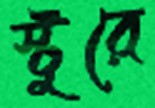
স্টুরে